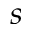
s